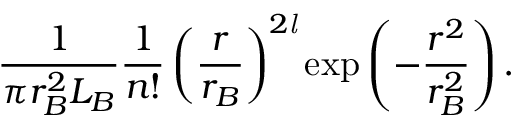
{ \frac { 1 } { \pi r _ { B } ^ { 2 } L _ { B } } } { \frac { 1 } { n ! } } \left( { \frac { r } { r _ { B } } } \right) ^ { 2 { \mathit { l } } } \exp \left( - { \frac { r ^ { 2 } } { r _ { B } ^ { 2 } } } \right) .